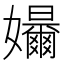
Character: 𪦳